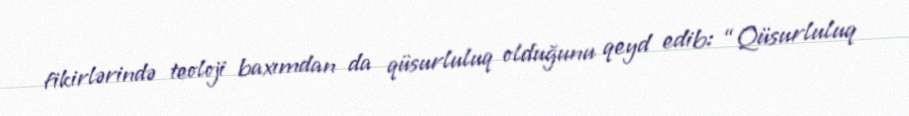
fikirlərində teoloji baxımdan da qüsurluluq olduğunu qeyd edib: “Qüsurluluq